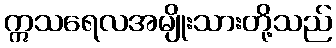
ဣသရေလအမျိုးသားတို့သည်